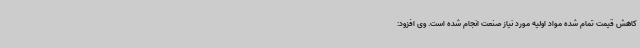
کاهش قیمت تمام شده مواد اولیه مورد نیاز صنعت انجام شده است. وی افزود: